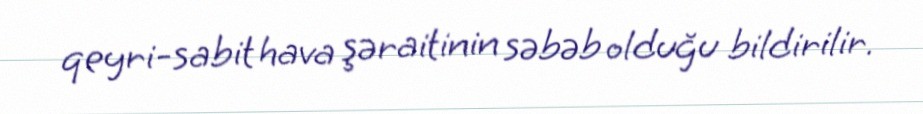
qeyri-sabit hava şəraitinin səbəb olduğu bildirilir.